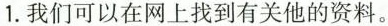
1.我们可以在网上找到有关他的资料。